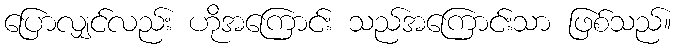
ပြောလျှင်လည်း ဟိုအကြောင်း သည်အကြောင်းသာ ဖြစ်သည်။